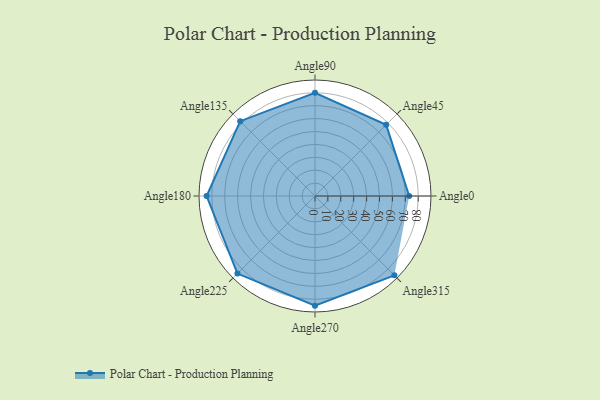
{"axis": {"x": "Angle", "y": "Radius"}, "legend": [""], "data": [{"x": "Angle0", "y": 73.0, "type": ""}, {"x": "Angle45", "y": 78.0, "type": ""}, {"x": "Angle90", "y": 80.0, "type": ""}, {"x": "Angle135", "y": 82.0, "type": ""}, {"x": "Angle180", "y": 84.0, "type": ""}, {"x": "Angle225", "y": 85.0, "type": ""}, {"x": "Angle270", "y": 85.0, "type": ""}, {"x": "Angle315", "y": 87.0, "type": ""}]}